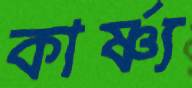
কার্ষ্ণ্য